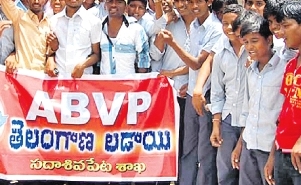
Language: telugu
Transcription: లడాయి శాఖ సదాశివపేట తెలంగాణ